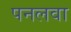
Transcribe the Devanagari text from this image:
पनलवा